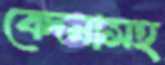
বেদনাসহ